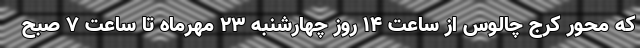
که محور کرج چالوس از ساعت ۱۴ روز چهارشنبه ۲۳ مهرماه تا ساعت ۷ صبح